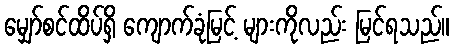
မျှော်စင်ထိပ်ရှိ ကျောက်ခုံမြင့် များကိုလည်း မြင်ရသည်။